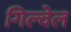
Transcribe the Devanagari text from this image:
गिल्वेल